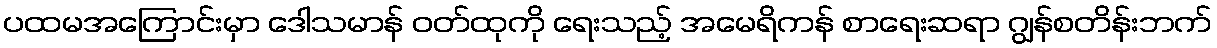
ပထမအကြောင်းမှာ ဒေါသမာန် ဝတ်ထုကို ရေးသည့် အမေရိကန် စာရေးဆရာ ဂျွန်စတိန်းဘက်